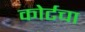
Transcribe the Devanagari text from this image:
कोर्टचा